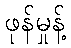
ဖုန်မှုန့်